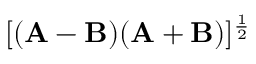
[ ( \mathbf { A } - \mathbf { B } ) ( \mathbf { A } + \mathbf { B } ) ] ^ { \frac { 1 } { 2 } }